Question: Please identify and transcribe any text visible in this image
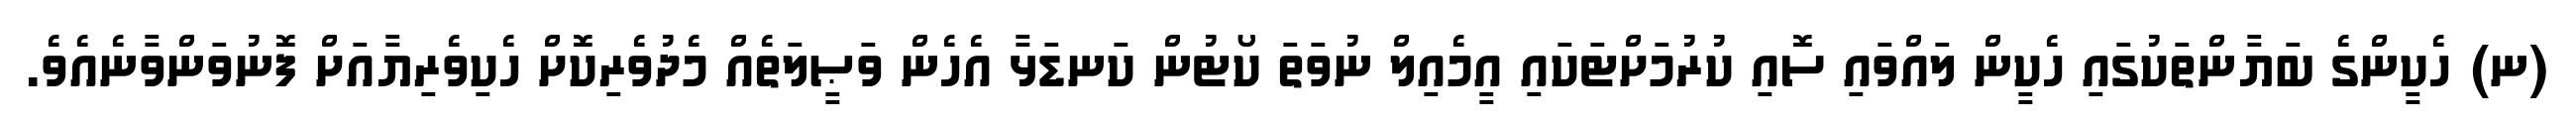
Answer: (ނ) ހެކީންގެ ބަޔާންތަކުގައި ހެކީން ލައްވައި ސޮއި ކުރުމަށްޓަކައި އީމެއިލް ނުވަތަ ކޯޓުން ކަނޑަޅާ އެހެން ވަޞީލަތެއް މެދުވެރިކޮށް ހެކިވެރިޔާއަށް ފޮނުވަންވާނެއެވެ.